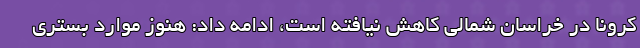
کرونا در خراسان شمالی کاهش نیافته است، ادامه داد: هنوز موارد بستری